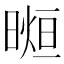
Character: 𣉖